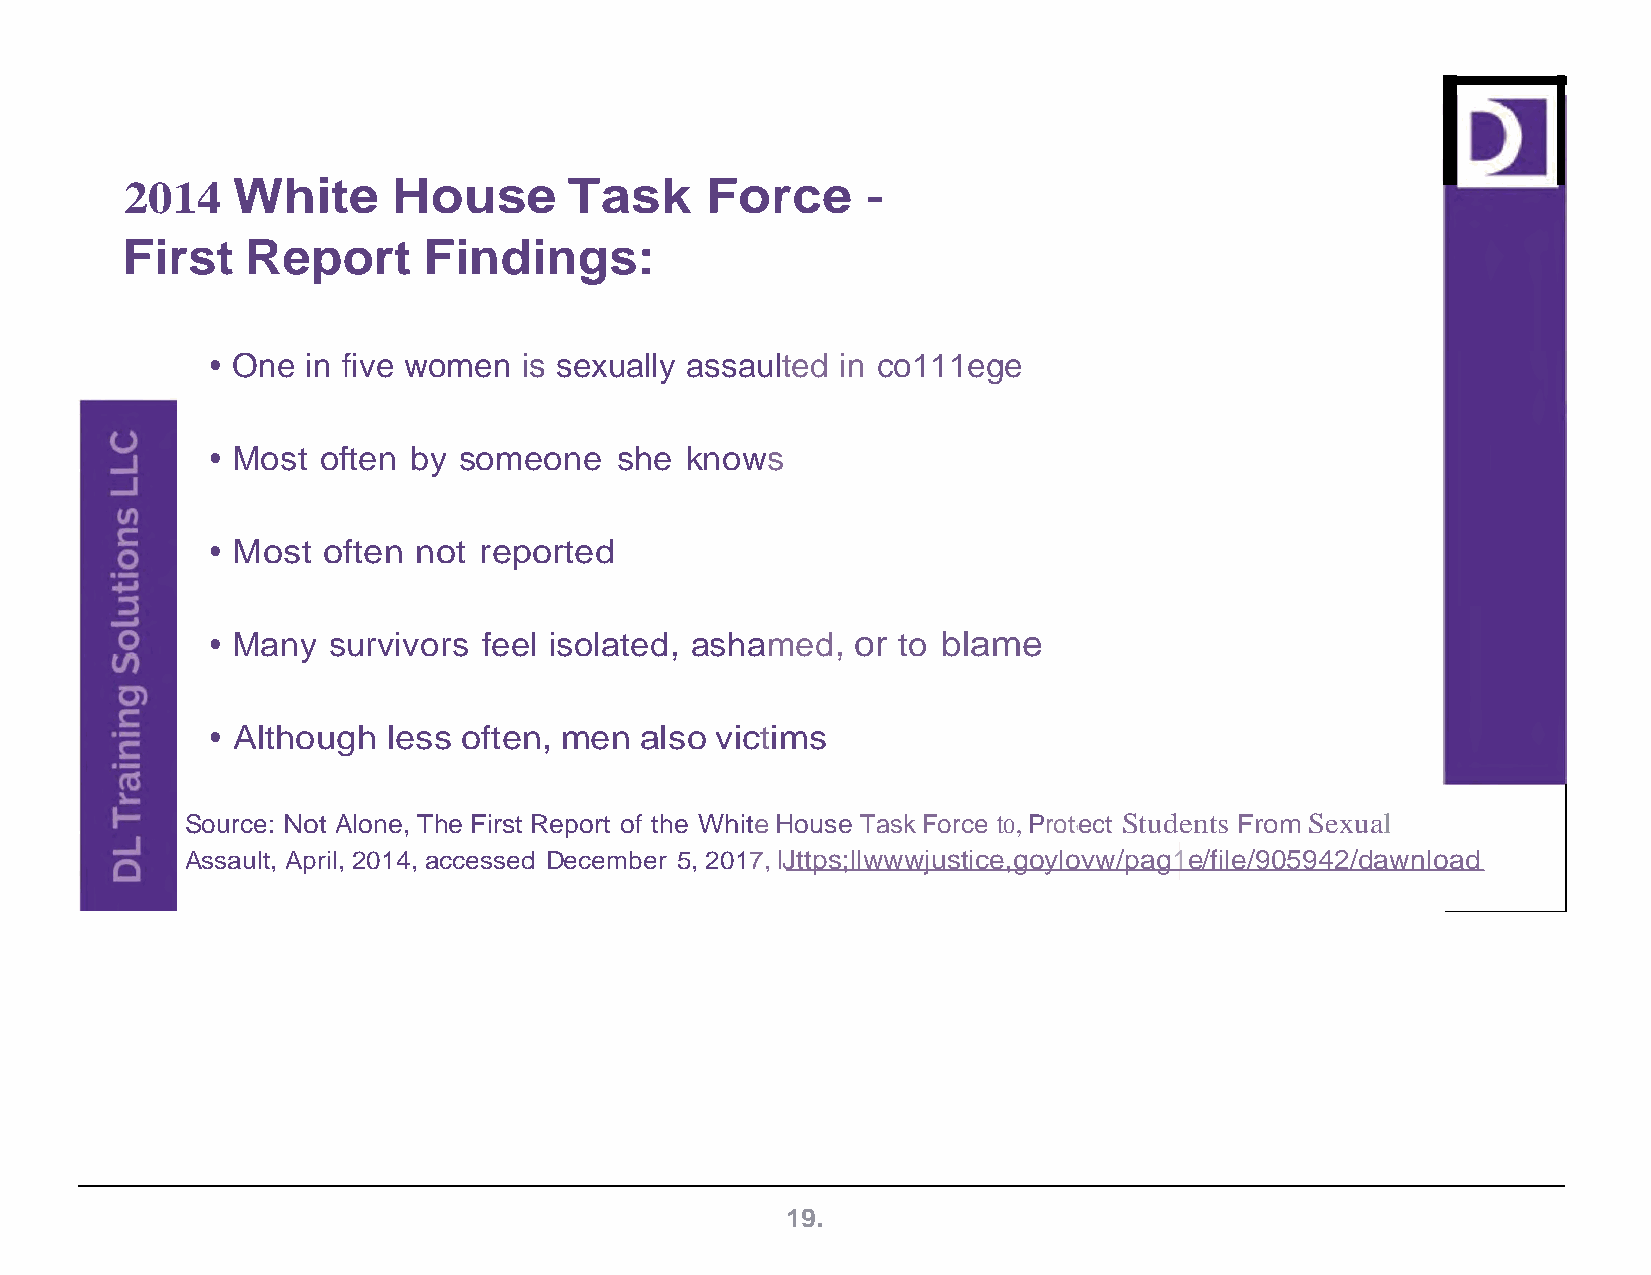
2014   White      House       Task     Force     -
 First   Report      Findings:
 • One in five women  is sexually assaulted in co111ege
 • Most often by someone    she knows
 • Most often not  reported
 • Many  survivors feel isolated, ashamed,  or to blame
 • Although  less often, men also victims
 Source: Not Alone, The First Report of the White House Task Force to, Protect Students From Sexual
 1
 Assault, April, 2014, accessed December 5, 2017, lJttps;llwwwjustice,goylovw/pag1e/file/905942/dawnload
 19.